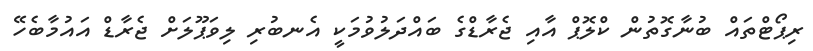
ރިޕޯޓްތައް ބުނާގޮތުން ކްލޮޕް އާއި ޖެރާޑްގެ ބައްދަލުވުމަކީ އެނބުރި ލިވަޕޫލަށް ޖެރާޑް އައުމާބެހޭ